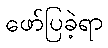
ဖော်ပြခဲ့ရာ